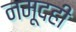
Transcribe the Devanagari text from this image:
नमूदही